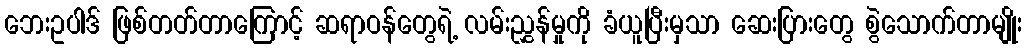
ဘေးဥပါဒ် ဖြစ်တတ်တာကြောင့် ဆရာဝန်တွေရဲ့ လမ်းညွှန်မှုကို ခံယူပြီးမှသာ ဆေးပြားတွေ စွဲသောက်တာမျိုး